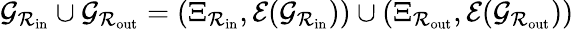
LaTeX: {\mathcal G}_{{\mathcal R}_{\mathrm{in}}}\cup{\mathcal G}_{{\mathcal R}_{\mathrm{out}}}=(\Xi_{{\mathcal R}_{\mathrm{in}}},{\mathcal E}({\mathcal G}_{{\mathcal R}_{\mathrm{in}}}))\cup(\Xi_{{\mathcal R}_{\mathrm{out}}},{\mathcal E}({\mathcal G}_{{\mathcal R}_{\mathrm{out}}}))